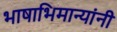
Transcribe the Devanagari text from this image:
भाषाभिमान्यांनी